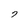
Character: 7